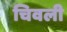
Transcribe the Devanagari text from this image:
चिवली